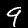
Digit: 9